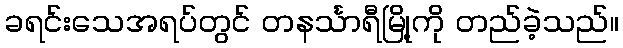
ခရင်းသေအရပ်တွင် တနင်္သာရီမြို့ကို တည်ခဲ့သည်။